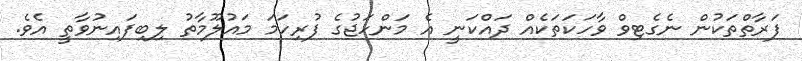
ފަރާތްތަކުން ނެގެޓިވް ވާހަކަތަކެއް ދައްކަނީ އެ މަންހަޖުގެ ފުރިހަމަ މައުލޫމާތު ލިބިފައިނުވާތީ އެވެ.